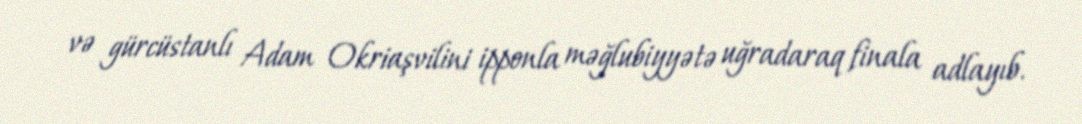
və gürcüstanlı Adam Okriaşvilini ipponla məğlubiyyətə uğradaraq finala adlayıb.